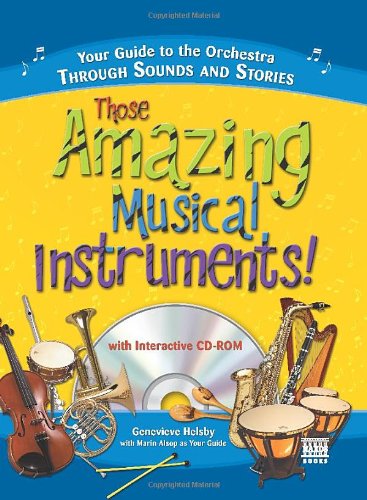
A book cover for Those Amazing Musical Instruments!: Your Guide to the Orchestra Through Sounds and Stories (Naxos Books); Genevieve Helsby; Children's Books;